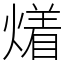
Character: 𤏲